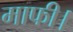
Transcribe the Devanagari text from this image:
माफी।